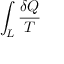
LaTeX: \int _ { L } { \frac { \delta Q } { T } }